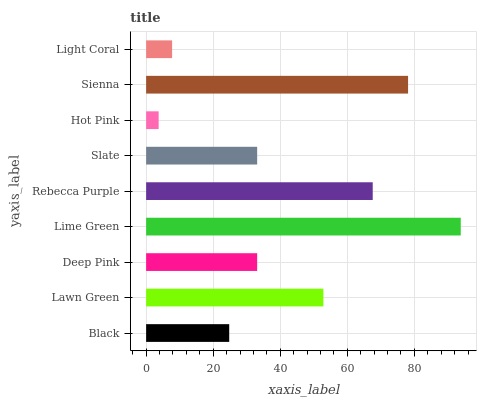
| yaxis_label | bars |
 | --- | --- |
 | Black | 24.8 |
 | Lawn Green | 52.9 |
 | Deep Pink | 33.1 |
 | Lime Green | 93.8 |
 | Rebecca Purple | 67.6 |
 | Slate | 33.1 |
 | Hot Pink | 3.74 |
 | Sienna | 78.1 |
 | Light Coral | 7.75 |